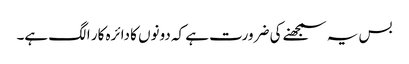
بس یہ سمجھنے کی ضرورت ہے کہ دونوں کا دائرہ کار الگ ہے۔